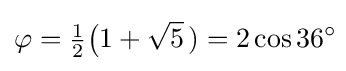
\varphi ={\tfrac {1}{2}}{\bigl (}1+{\sqrt {5}}~\!)=2\cos 36^{\circ }\!